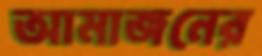
আমাজনের